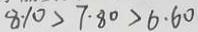
8 . 1 0 > 7 . 8 0 > 6 . 6 0